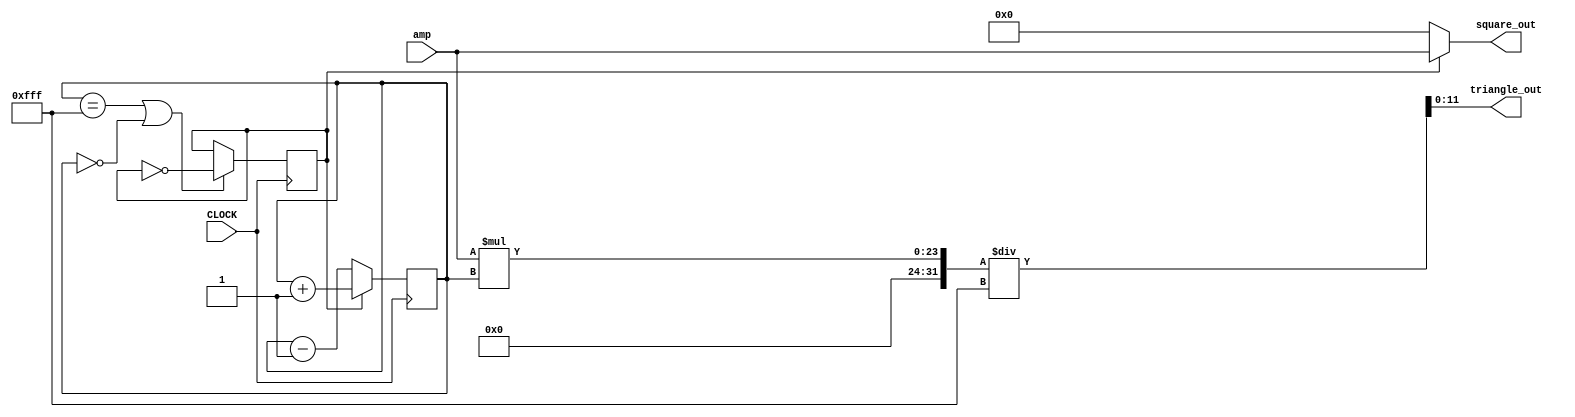
module triangle_wave_gen(input[11:0] amp, input CLOCK, output [11:0] triangle_out, square_out);
    reg [11:0] value = 0; //Counter to increase amplitude according to frequency
    reg dir = 1; //Direction of amplitude; 1: increase, 0: decrease
    
    always@ (posedge CLOCK)begin
        value = (dir) ? value+ 1 : value - 1; //Changes amplitude with frequency
    end
    
    always@(negedge CLOCK) begin
        dir <= (value == 4095 || value == 0) ? ~dir : dir; //Changes direction at max/ min amplitude
    end
    
    assign triangle_out = amp*value/4095; //Output for Triangle Wave; Changes values according to selected amplitude
    assign square_out = (dir)? amp : 0; //Output for Square Wave; Alternates between selected amplitude and 0
endmodule